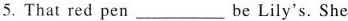
5.That red pen ___ be Lily's.She